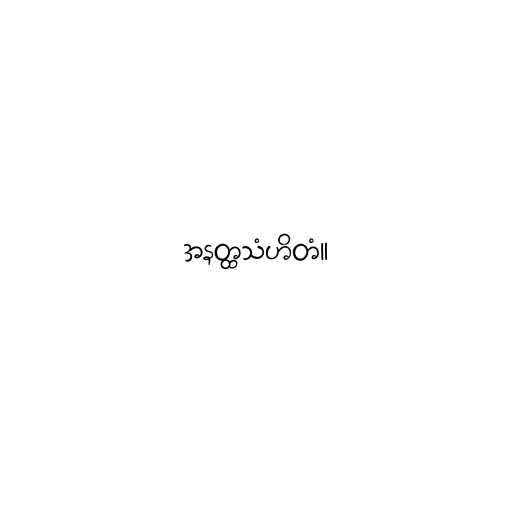
အနတ္ထသံဟိတံ။